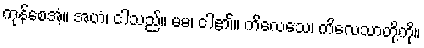
ကုန်စေအံ့။ အဟံ၊ ငါသည်။ မမ၊ ငါ၏။ ကိလေသေ၊ ကိလေသာတို့ကို။